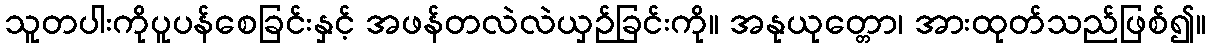
သူတပါးကိုပူပန်စေခြင်းနှင့် အဖန်တလဲလဲယှဉ်ခြင်းကို။ အနုယုတ္တော၊ အားထုတ်သည်ဖြစ်၍။